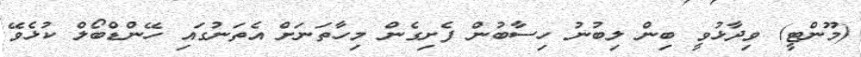
(މޫންޓީ) ވިދާޅުވީ ބިން ލިބުނު ހިސާބުން ފެށިގެން މިހާތަނަށް އެތަނުގައި ހޭންޑްބޯލް ކުޅެވޭ